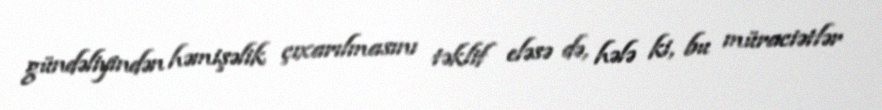
gündəliyindən həmişəlik çıxarılmasını təklif eləsə də, hələ ki, bu müraciətlər